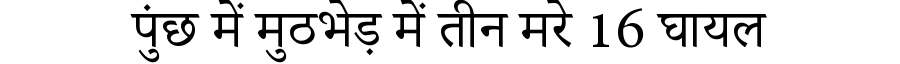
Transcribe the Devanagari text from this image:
पुंछ में मुठभेड़ में तीन मरे 16 घायल